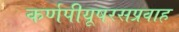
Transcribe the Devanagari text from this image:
कर्णपीयूषरसप्रवाह